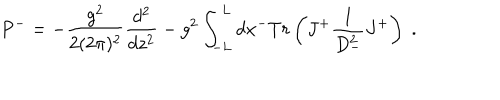
LaTeX: P ^ { - } = - { \frac { g ^ { 2 } } { 2 ( 2 \pi ) ^ { 2 } } } { \frac { d ^ { 2 } } { d z ^ { 2 } } } - g ^ { 2 } \int _ { - L } ^ { L } d x ^ { - } T r \left( J ^ { + } { \frac { 1 } { D _ { - } ^ { 2 } } } J ^ { + } \right) \; .